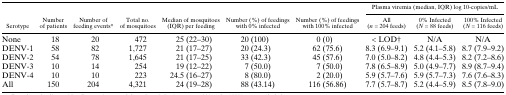
<table><thead><tr><td rowspan="2"><b>Serotype</b></td><td rowspan="2"><b>Number of patients</b></td><td rowspan="2"><b>Number of feeding events*</b></td><td rowspan="2"><b>Total no. of mosquitoes</b></td><td rowspan="2"><b>Median of mosquitoes (IQR) per feeding</b></td><td rowspan="2"><b>Number (%) of feedings with 0% infected</b></td><td rowspan="2"><b>Number (%) of feedings with 100% infected</b></td><td colspan="3"><b>Plasma viremia (median, IQR) log 10-copies/mL</b></td></tr><tr><td><b>All (<i>n</i> = 204 feeds)</b></td><td><b>0% Infected (<i>N</i> = 88 feeds)</b></td><td><b>100% Infected (<i>N</i> = 116 feeds)</b></td></tr></thead><tbody><tr><td>None</td><td>18</td><td>20</td><td>472</td><td>25 (22–30)</td><td>20 (100)</td><td>0 (0)</td><td>&lt; LOD†</td><td>N/A</td><td>N/A</td></tr><tr><td>DENV-1</td><td>58</td><td>82</td><td>1,727</td><td>21 (17–27)</td><td>20 (24.3)</td><td>62 (75.6)</td><td>8.3 (6.9–9.1)</td><td>5.2 (4.1–5.8)</td><td>8.7 (7.9–9.2)</td></tr><tr><td>DENV-2</td><td>54</td><td>78</td><td>1,645</td><td>21 (17–25)</td><td>33 (42.3)</td><td>45 (57.6)</td><td>7.0 (5.0–8.2)</td><td>4.8 (4.4–5.3)</td><td>8.2 (7.2–8.6)</td></tr><tr><td>DENV-3</td><td>10</td><td>14</td><td>254</td><td>19 (12–22)</td><td>7 (50.0)</td><td>7 (50.0)</td><td>7.8 (6.5–8.9)</td><td>5.0 (4.9–7.7)</td><td>8.9 (8.7–9.4)</td></tr><tr><td>DENV-4</td><td>10</td><td>10</td><td>223</td><td>24.5 (16–27)</td><td>8 (80.0)</td><td>2 (20.0)</td><td>5.9 (5.7–7.6)</td><td>5.9 (5.7–7.3)</td><td>7.6 (7.6–8.3)</td></tr><tr><td>All</td><td>150</td><td>204</td><td>4,321</td><td>24 (19–28)</td><td>88 (43.14)</td><td>116 (56.86)</td><td>7.7 (5.7–8.7)</td><td>5.2 (4.4–5.9)</td><td>8.5 (7.8–9.0)</td></tr></tbody></table>